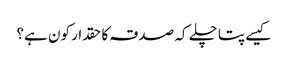
کیسے پتا چلے کہ صدقہ کا حقدار کون ہے؟